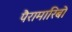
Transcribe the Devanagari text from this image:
पैरामारिबो